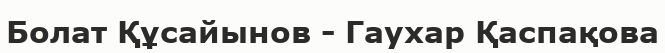
Болат Құсайынов - Гаухар Қаспақова